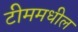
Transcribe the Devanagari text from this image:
टीममधील